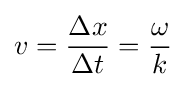
v={\frac {\Delta x}{\Delta t}}={\frac {\omega }{k}}